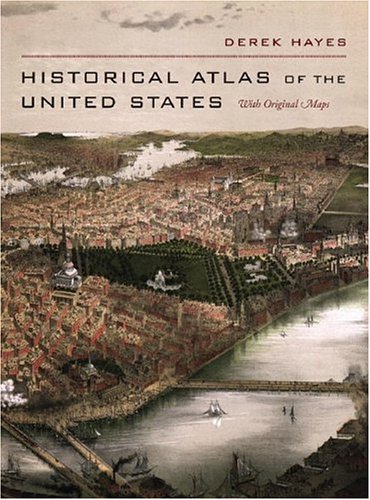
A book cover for Historical Atlas of the United States: With Original Maps; Derek Hayes; History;